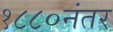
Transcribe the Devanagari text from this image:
१८८०नंतर